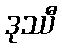
ဒုဿီ